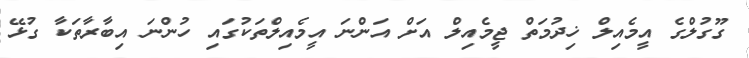
ގޫގުލްގެ އީމެއިލް ޚިދުމަތް ޖީމެއިލް އަށް އަންނަ އީމެއިލްތަކުގައި ހުންނަ އިބާރާތަކާ ގުޅޭ